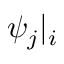
\psi _ { j } | _ { i }